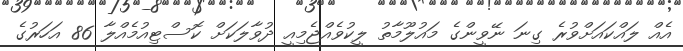
އެއް ލައްކައަށްވުރެ ގިނަ ނޭވީންގެ މައުލޫމާތު ލީކުވެއްޖެމިއީ ދުވާލަކަށް ކޮސްޓިއުމެއްލާ 86 އަހަރުގެ